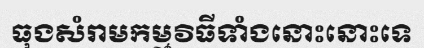
ធុងសំរាមកម្មវិធីទាំងនោះនោះទេ